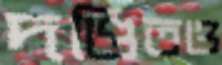
দণ্ডিতও